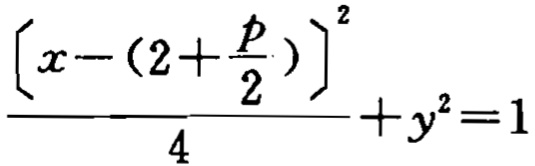
\frac{\left[x - (2 + \frac{p}{2})\right]^2}{4} + y^2 = 1